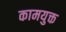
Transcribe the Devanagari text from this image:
कामयुक्त